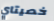
خصيتاي